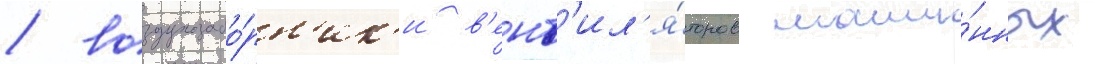
/ воздухозабо́рн'ик'и в'ент'ил'я́торов маши́нных